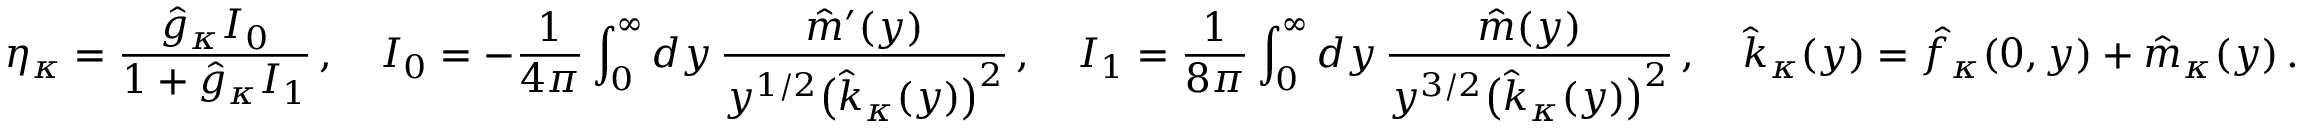
\eta _ { \kappa } = \frac { \hat { g } _ { \kappa } { \cal I } _ { 0 } } { 1 + \hat { g } _ { \kappa } { \cal I } _ { 1 } } \, , \quad { \cal I } _ { 0 } = - \frac { 1 } { 4 \pi } \int _ { 0 } ^ { \infty } d y \, \frac { \hat { m } ^ { \prime } ( y ) } { y ^ { 1 / 2 } \big ( \hat { k } _ { \kappa } ( y ) \big ) ^ { 2 } } \, , \quad { \cal I } _ { 1 } = \frac { 1 } { 8 \pi } \int _ { 0 } ^ { \infty } d y \, \frac { \hat { m } ( y ) } { y ^ { 3 / 2 } \big ( \hat { k } _ { \kappa } ( y ) \big ) ^ { 2 } } \, , \quad \hat { k } _ { \kappa } ( y ) = \hat { f } _ { \kappa } ( 0 , y ) + \hat { m } _ { \kappa } ( y ) \, .